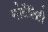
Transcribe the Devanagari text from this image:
मोर्टेलिटी